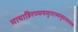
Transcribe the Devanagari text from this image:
मायाहिरण्मयमृगाभ्यनुधावनस्य